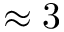
\approx 3